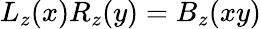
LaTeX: L_{z}(x)R_{z}(y)=B_{z}(xy)